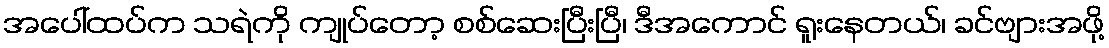
အပေါ်ထပ်က သရဲကို ကျုပ်တော့ စစ်ဆေးပြီးပြီ၊ ဒီအကောင် ရူးနေတယ်၊ ခင်ဗျားအဖို့